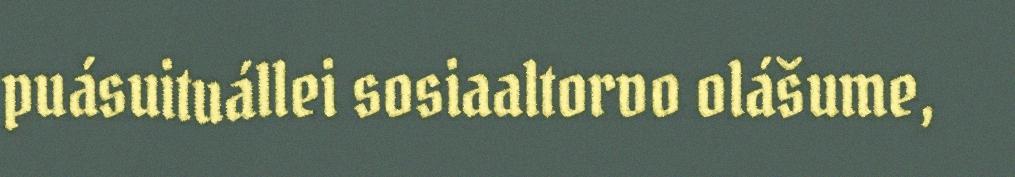
puásuituállei sosiaaltorvo olášume,